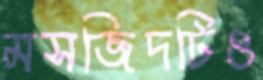
মসজিদটিও